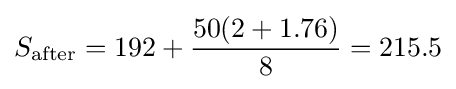
S_{\text{after}}={\text{192}}+{50(2+1.76) \over 8}=215.5